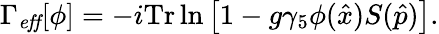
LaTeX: \Gamma_{\mathit{eff}}[\phi]=-i\mathrm{Tr}\ln{\left[1-g\gamma_{5}\phi(\hat{x})S(\hat{p})\right]}.